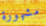
مشهورة